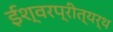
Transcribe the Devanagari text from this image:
ईश्वरप्रीत्यर्थ